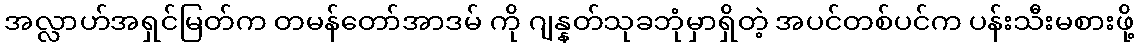
အလ္လာဟ်အရှင်မြတ်က တမန်တော်အာဒမ် ကို ဂျန္နတ်သုခဘုံမှာရှိတဲ့ အပင်တစ်ပင်က ပန်းသီးမစားဖို့